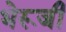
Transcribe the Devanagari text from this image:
भेरूजी